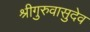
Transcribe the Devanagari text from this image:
श्रीगुरुवासुदेव